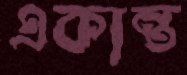
একান্ত